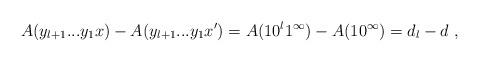
LaTeX: \begin{align*}A(y_{l+1}...y_1x) - A(y_{l+1}...y_1x') = A(10^l 1^\infty) - A(1 0^\infty) = d_l - d \ ,\end{align*}